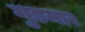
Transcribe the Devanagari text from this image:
गुडमार